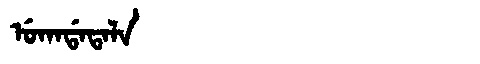
Manchu: ᡠᡴᠠᡩᠠᡨᠠᠯᠠ
Romanization: UKADATALA